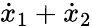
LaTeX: {\dot{x}}_{1}+{\dot{x}}_{2}